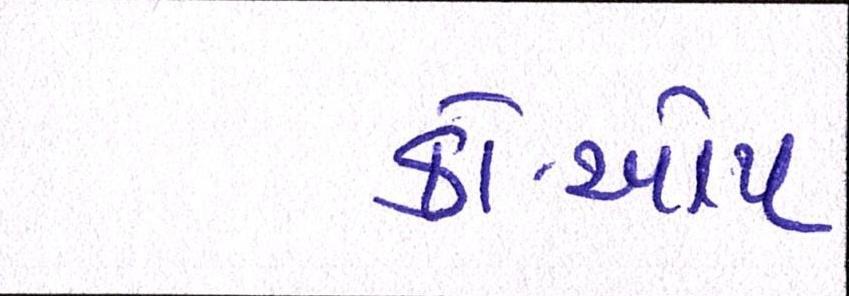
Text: કો-ઓપ